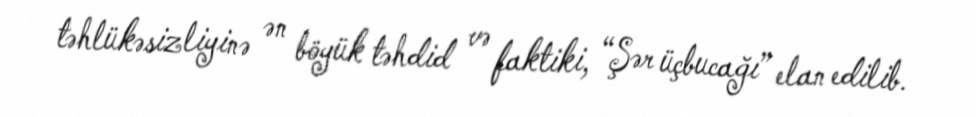
təhlükəsizliyinə ən böyük təhdid və faktiki, “Şər üçbucağı” elan edilib.